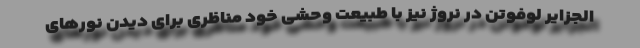
الجزایر لوفوتن در نروژ نیز با طبیعت وحشی خود مناظری برای دیدن نور‌های